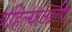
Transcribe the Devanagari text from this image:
पहिल्याआणि